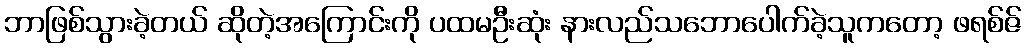
ဘာဖြစ်သွားခဲ့တယ် ဆိုတဲ့အကြောင်းကို ပထမဦးဆုံး နားလည်သဘောပေါက်ခဲ့သူကတော့ ဖရစ်ဇ်